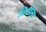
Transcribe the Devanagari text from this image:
विटोला